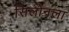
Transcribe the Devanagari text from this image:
सिलोनला